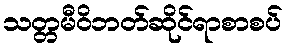
သတ္တမီဝိဘတ်ဆိုင်ရာစာစပ်